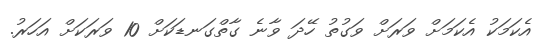
އެކަމަކު އެކަމަށް ވަރަށް ވަގުތު ހޭދަ ވާނެ ގާތްގަނޑަކަށް 10 ވަރަކަށް އަހަރު.